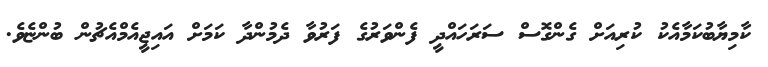
ކާމިޔާބުކަމާއެކު ކުރިއަށް ގެންގޮސް ސަރަހައްދީ ފެންވަރުގެ ފަރުވާ ދެމުންދާ ކަމަށް އައިޖީއެމްއެޗުން ބުންޏެވެ.